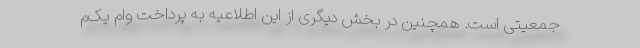
جمعیتی است. همچنین در بخش دیگری از این اطلاعیه به پرداخت وام یک‌م